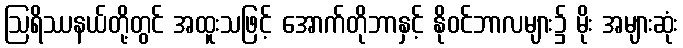
ဩရိဿနယ်တို့တွင် အထူးသဖြင့် အောက်တိုဘာနှင့် နိုဝင်ဘာလများ၌ မိုး အများဆုံး